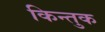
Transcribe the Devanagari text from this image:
किन्तुक